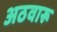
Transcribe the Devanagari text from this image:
अठवारू